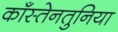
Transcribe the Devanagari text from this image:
काँस्तेनतुनिया